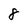
Character: 8